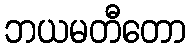
ဘယမတီတော